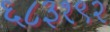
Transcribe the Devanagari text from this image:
६८३१९२